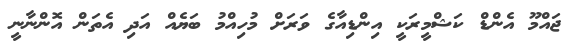
ޖައްމޫ އެންޑް ކަޝްމީރަކީ އިންޑިއާގެ ވަރަށް މުހިއްމު ބަޔެއް އަދި އެތަން އޮންނާނީ